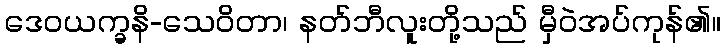
ဒေဝယက္ခနိ-သေဝိတာ၊ နတ်ဘီလူးတို့သည် မှီဝဲအပ်ကုန်၏။